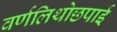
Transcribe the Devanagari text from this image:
वर्णलिथोछपाई